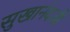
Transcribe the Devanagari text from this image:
सुखानंदजी